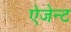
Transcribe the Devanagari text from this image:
ऐजेन्‍ट